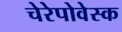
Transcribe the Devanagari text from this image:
चेरेपोवेस्क